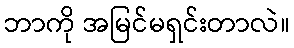
ဘာကို အမြင်မရှင်းတာလဲ။